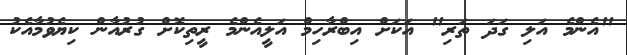
"އެންމެ އަލި ގަދަ ތަރި" އަކަށް އިބްރާހިމް އަލީއެންމެ ރީތިކޮށް ގުރުއާން ކިޔެވުމާއެކު